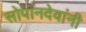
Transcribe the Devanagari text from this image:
सोपानदेवांनी